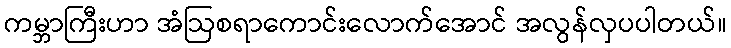
ကမ္ဘာကြီးဟာ အံဩစရာကောင်းလောက်အောင် အလွန်လှပပါတယ်။